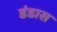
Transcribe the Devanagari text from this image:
डंडास